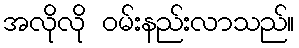
အလိုလို ဝမ်းနည်းလာသည်။